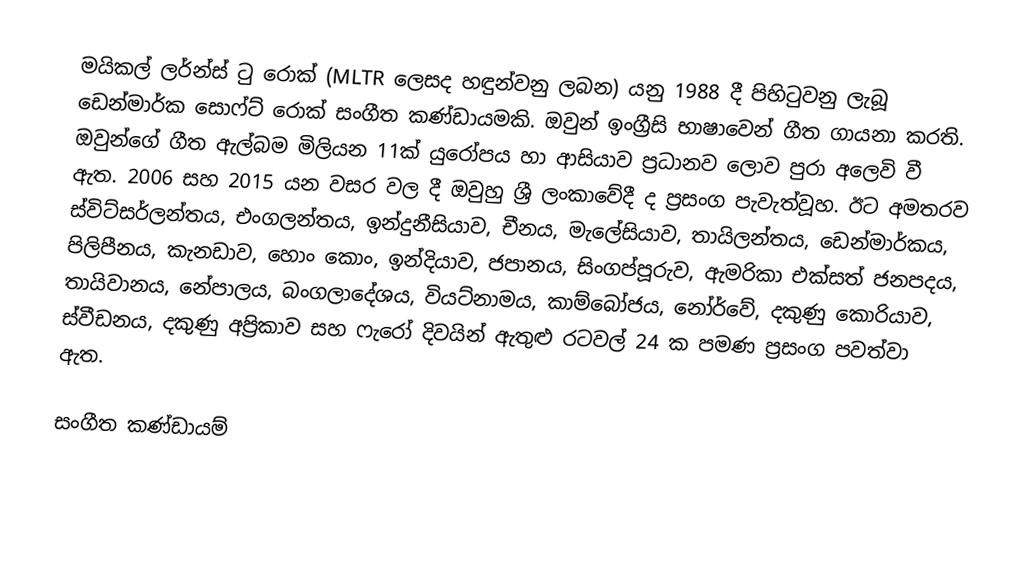
මයිකල් ලර්න්ස් ටු රොක් (MLTR ලෙසද හඳුන්වනු ලබන) යනු 1988 දී පිහිටුවනු ලැබූ ඩෙන්මාර්ක සොෆ්ට් රොක් සංගීත කණ්ඩායමකි. ඔවුන් ඉංග්‍රීසි භාෂාවෙන් ගීත ගායනා කරති. ඔවුන්ගේ ගීත ඇල්බම මිලියන 11ක් යුරෝපය හා ආසියාව ප්‍රධානව ලොව පුරා අලෙවි වී ඇත.  2006 සහ 2015 යන වසර වල දී ඔවුහු ශ්‍රී ලංකාවේදී  ද  ප්‍රසංග පැවැත්වූහ. ඊට අමතරව ස්විට්සර්ලන්තය, එංගලන්තය, ඉන්දුනීසියාව, චීනය, මැලේසියාව, තායිලන්තය, ඩෙන්මාර්කය, පිලිපීනය, කැනඩාව, හොං කොං, ඉන්දියාව, ජපානය, සිංගප්පූරුව, ඇමරිකා එක්සත් ජනපදය, තායිවානය, නේපාලය, බංගලාදේශය, වියට්නාමය, කාම්බෝජය, නෝර්වේ, දකුණු කොරියාව, ස්වීඩනය,  දකුණු අප්‍රිකාව සහ ෆැරෝ දිවයින් ඇතුළු රටවල් 24 ක පමණ ප්‍රසංග පවත්වා ඇත.

සංගීත කණ්ඩායම්